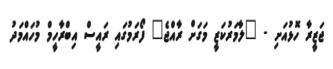
ޖަޒީރާ ހޮޅުއަށި - "ލާމަރުކަޒީ މަަގަށް ރާއްޖެ" ފޯރަމުގައި ރައީސް އިބްރާހީމް މުހައްމަދު